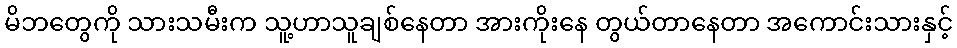
မိဘတွေကို သားသမီးက သူ့ဟာသူချစ်နေတာ အားကိုးနေ တွယ်တာနေတာ အကောင်းသားနှင့်